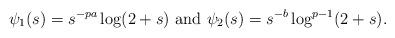
LaTeX: \begin{align*}\psi_1(s)=s^{-pa}\log(2+s)\ \mbox{and} \ \psi_2(s)=s^{-b}\log^{p-1}(2+s).\end{align*}